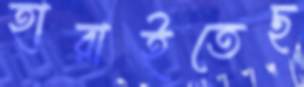
হারাইতেছ